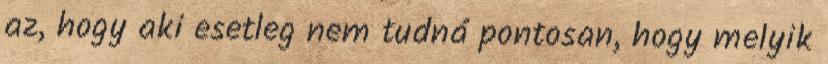
az, hogy aki esetleg nem tudná pontosan, hogy melyik